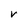
Character: V